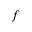
f